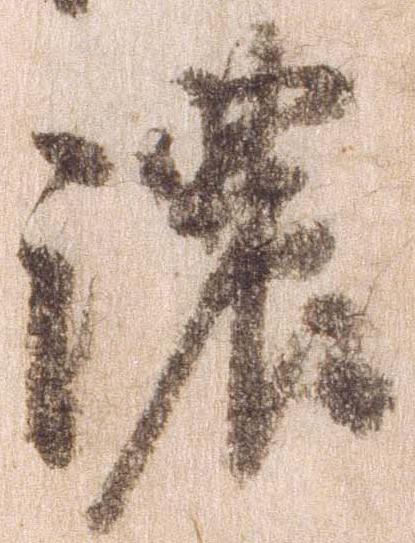
濃